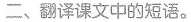
二、翻译课文中的短语。